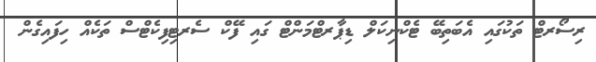
ރިސޯރޓް ތަކުގައި އެބަތިބޭ ޓެކްނިކަލް ޑިޕާރޓްމަންޓް ގައި ފޭކް ސެރޓިފިކެޓްސް ތަކެއް ހިފައިގެން